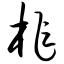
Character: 柞